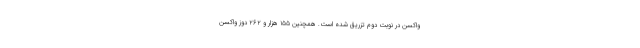
واکسن در نوبت دوم تزریق شده است. همچنین ۱۵۵ هزار و ۲۶۲ دوز واکسن